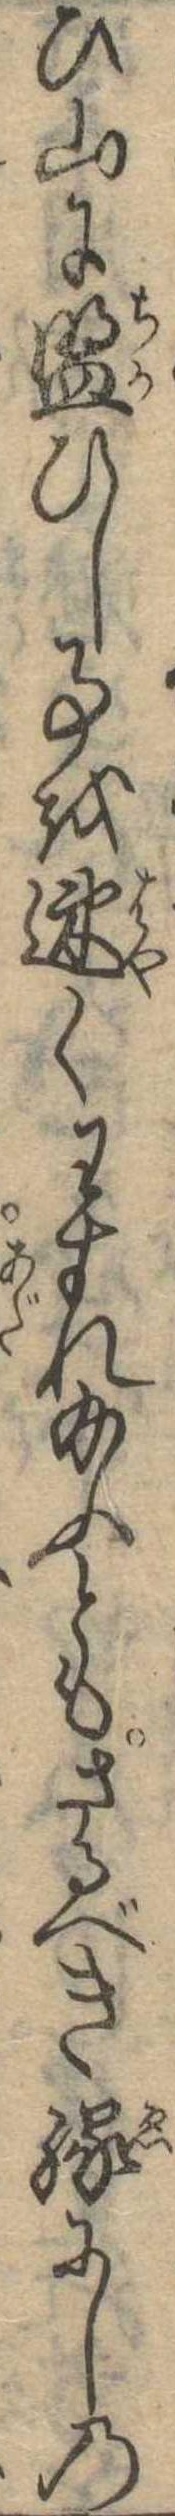
ひ山に盟ひし事を速くわすれ給ふともさるべき縁にしの